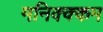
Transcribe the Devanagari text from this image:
मनिक्क्कम